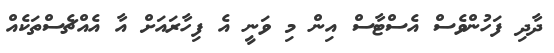
ދާދި ފަހުންވެސް އެސްޓާސް އިން މި ވަނީ އެ ފިހާރައަށް އާ އެއްޗެސްތަކެއް